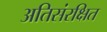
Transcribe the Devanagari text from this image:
अतिसंरक्षित